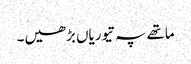
ماتھے پہ تیوریاں بڑھیں۔